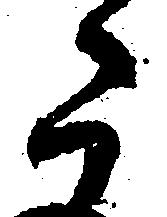
た